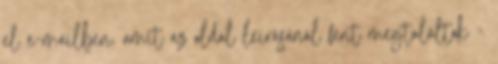
el e-mailben, amit az oldal leírásánál fent megtaláltok -